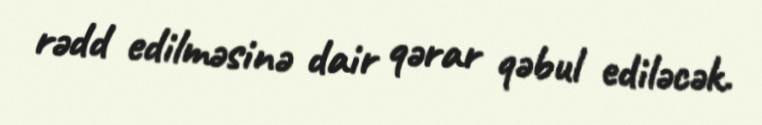
rədd edilməsinə dair qərar qəbul ediləcək.